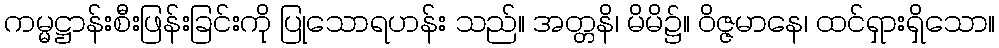
ကမ္မဋ္ဌာန်းစီးဖြန်းခြင်းကို ပြုသောရဟန်း သည်။ အတ္တနိ၊ မိမိ၌။ ဝိဇ္ဇမာနေ၊ ထင်ရှားရှိသော။